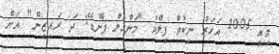
މިއީ 2005 އަހަރު ނިކުތް ފިލްމު "މަންގަލް ޕާންޑޭ: ދަ ރައިޒިން" އަށް